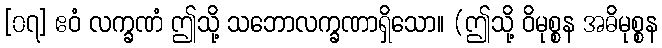
[၀၇] ဧဝံ လက္ခဏံ ဤသို့ သဘောလက္ခဏာရှိသော။ (ဤသို့ ဝိမုစ္စန အဓိမုစ္စန